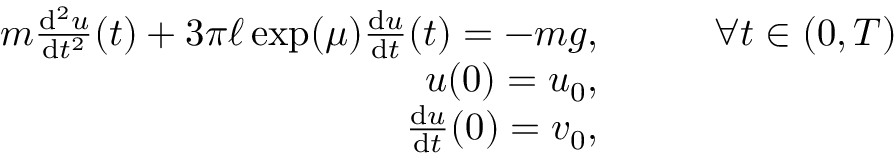
\begin{array} { r l } { m \frac { \mathrm { d } ^ { 2 } u } { \mathrm { d } t ^ { 2 } } ( t ) + 3 \pi \ell \exp ( \mu ) \frac { \mathrm { d } u } { \mathrm { d } t } ( t ) = - m g , } & { { } \qquad \forall t \in ( 0 , T ) } \\ { u ( 0 ) = u _ { 0 } , } & { { } } \\ { \frac { \mathrm { d } u } { \mathrm { d } t } ( 0 ) = v _ { 0 } , } & { { } } \end{array}